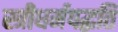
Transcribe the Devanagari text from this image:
स्त्रीधर्मपद्धति